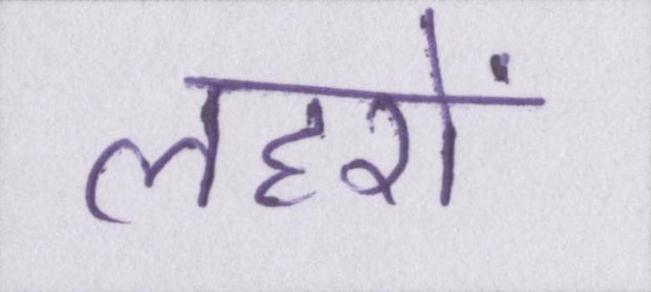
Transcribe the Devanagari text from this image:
लहरों